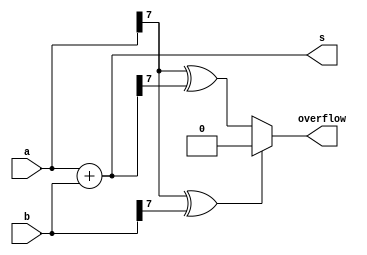
module top_module (
    input [7:0] a,
    input [7:0] b,
    output [7:0] s,
    output overflow
); //
    
    assign s = a + b;
    
    // When the sign bit of a and b is different, there is no overflow,
    // otherwise when the sign of result is negative to its of a or b, overflow occurs.
    assign overflow = a[7]^b[7] ? 1'b0 : a[7]^s[7];

endmodule